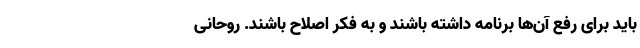
باید برای رفع آن‌ها برنامه داشته باشند و به فکر اصلاح باشند. روحانی